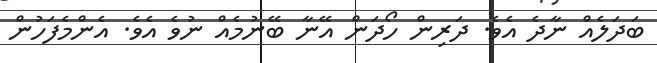
ބަދަލެއް ނާދެ އެވެ. ދަރިން ހޯދަން އޭނާ ބޭނުމެއް ނުވެ އެވެ. އެންމެފަހުން